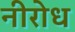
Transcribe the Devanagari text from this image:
नीरोध